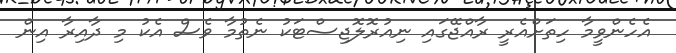
އެހެންވީމާ ހިތަށްއެރީ ރާއްޖޭގައި ނިއުރޮލޮޖިސްޓަކު ނެތުމާ ވެސް އެކު މި ދާއިރާ އިން